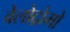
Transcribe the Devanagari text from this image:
वेलोद्रोमो